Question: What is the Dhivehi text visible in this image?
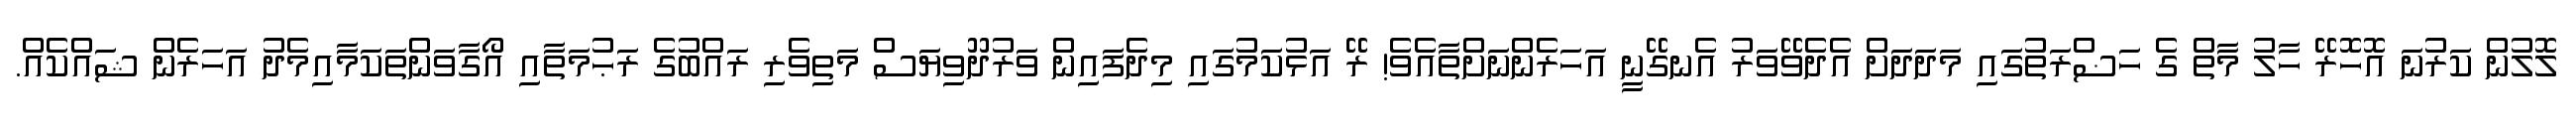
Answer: ލޮލުން ކަރުނަ އޮހޮރޭ ހާލު މާތް ގެ ހަޟްރަތުގައި މަދަދަށް އެދެވޭވަރު އެނގޭނީ އަހަރެންނަށްތާއެވެ! ރޭ އަޅުކަމުގައި މިދެފައިން ވަރުދޫވިޔަސް މަތިވެރި ރައްބުގެ ރަޙުމަތާއި އޯގާވަންތަކަމާއިމެދު އަހަރެން ޝައްކެއް.